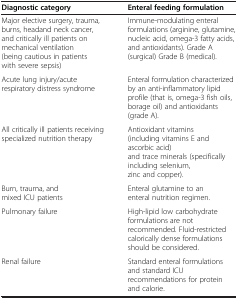
<table><thead><tr><td><b>Diagnostic category</b></td><td><b>Enteral feeding formulation</b></td></tr></thead><tbody><tr><td>Major elective surgery, trauma, burns, headand neck cancer, and critically ill patients on mechanical ventilation (being cautious in patients with severe sepsis)</td><td>Immune-modulating enteral formulations (arginine, glutamine, nucleic acid, omega-3 fatty acids, and antioxidants). Grade A (surgical) Grade B (medical).</td></tr><tr><td>Acute lung injury/acute respiratory distress syndrome</td><td>Enteral formulation characterized by an anti-inflammatory lipid profile (that is, omega-3 fish oils, borage oil) and antioxidants (grade A).</td></tr><tr><td>All critically ill patients receiving specialized nutrition therapy</td><td>Antioxidant vitamins (including vitamins E and ascorbic acid) and trace minerals (specifically including selenium, zinc and copper).</td></tr><tr><td>Burn, trauma, and mixed ICU patients</td><td>Enteral glutamine to an enteral nutrition regimen.</td></tr><tr><td>Pulmonary failure</td><td>High-lipid low carbohydrate formulations are not recommended. Fluid-restricted calorically dense formulations should be considered.</td></tr><tr><td>Renal failure</td><td>Standard enteral formulations and standard ICU recommendations for protein and calorie.</td></tr></tbody></table>